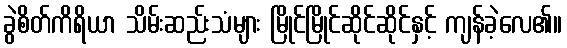
ခွဲစိတ်ကိရိယာ သိမ်းဆည်းသံများ မြိုင်မြိုင်ဆိုင်ဆိုင်နှင့် ကျန်ခဲ့လေ၏။